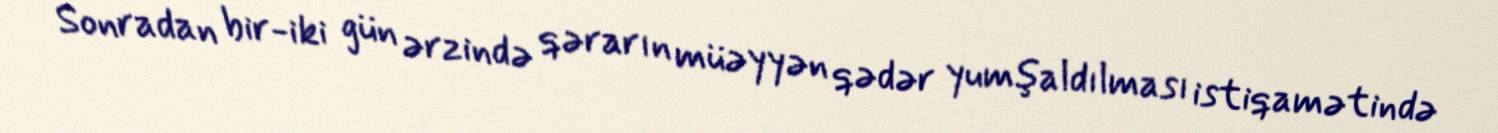
Sonradan bir-iki gün ərzində qərarın müəyyən qədər yumşaldılması istiqamətində